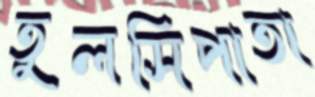
তুলসিপাতা